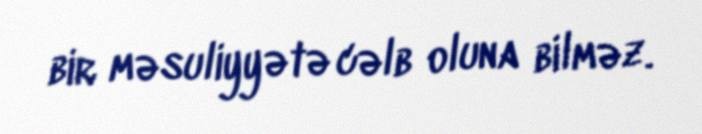
bir məsuliyyətə cəlb oluna bilməz.